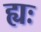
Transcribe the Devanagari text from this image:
ह्यः